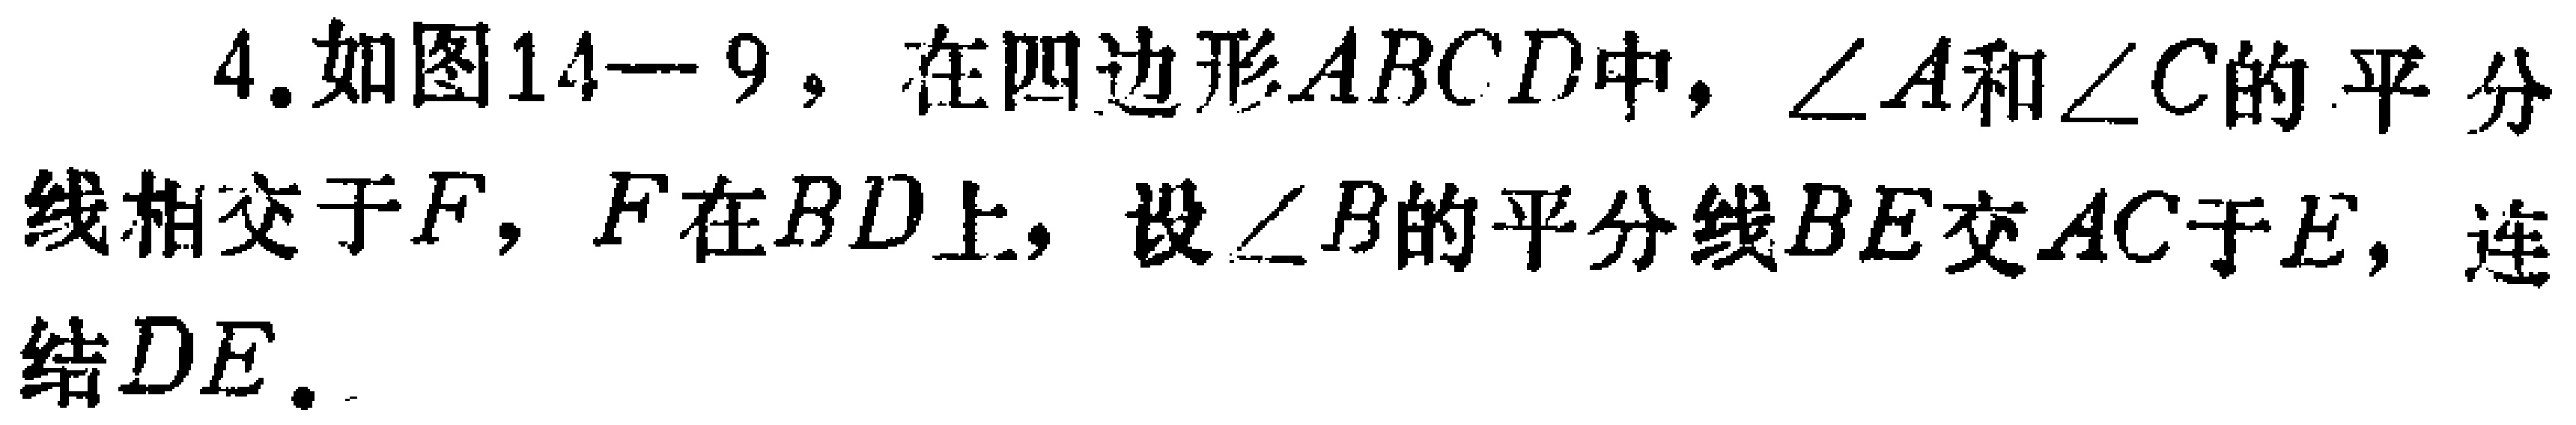
4. 如图14—9，在四边形\(ABCD\)中，\(\angle A\)和\(\angle C\)的平分线相交于\(F\)，\(F\)在\(BD\)上，设\(\angle B\)的平分线\(BE\)交\(AC\)于\(E\)，连结\(DE\)。